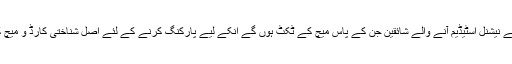
شہر کے مختلف علاقوں سے نیشنل اسٹیڈیم آنے والے شائقین جن کے پاس میچ کے ٹکٹ ہوں گے انکے لیے پارکنگ کرنے کے لئے اصل شناختی کارڈ و میچ کا ٹکٹ دکھانا لازمی ہوگا۔